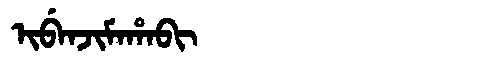
Manchu: ᡳᠪᡝᠨᠵᡳᠮᠠᡥᠠᠪᡳ
Romanization: IBENJIMAHABI